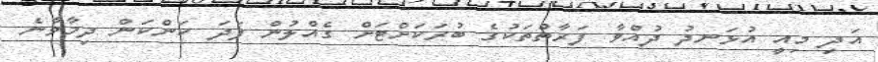
އަދި މިއީ އުޅަނދު ދުއްވާ ފަރާތްތަކުގެ ބުރަކަށްޓަށް ގެއްލުން ފަދަ ކަންކަން ދިމާވާނެ